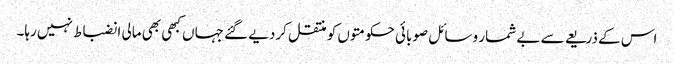
اس کے ذریعے سے بے شمار وسائل صوبائی حکومتوں کو منتقل کردیے گئے جہاں کبھی بھی مالی انضباط نہیں رہا۔